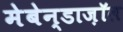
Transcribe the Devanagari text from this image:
मेबेन्डाज़ॉल